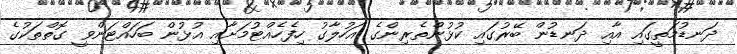
ދަނޑުމަތީގައި އާއި ދަނޑުން ބޭރުގައި ކުޅުންތެރިންގެ އަހުލާގު ހިފެހެއްޓުމަށާއި އުޅުން ބަހައްޓަންވީ ގޮތްތަކުގެ